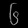
Digit: ၆